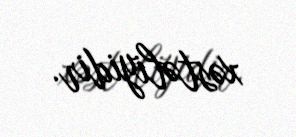
xəstəliyidir.